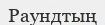
Раундтың